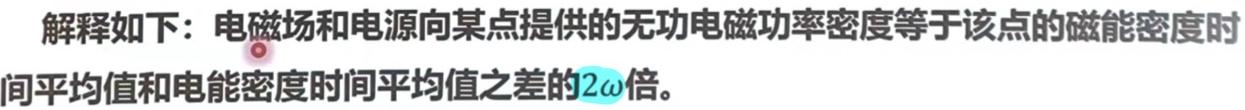
解释如下：电磁场和电源向某点提供的无功电磁功率密度等于该点的磁能密度时间平均值和电能密度时间平均值之差的\(2\omega\)倍。